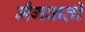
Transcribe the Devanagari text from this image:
मँगवाती